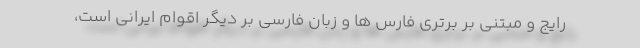
رایج و مبتنی بر برتری فارس ها و زبان فارسی بر دیگر اقوام ایرانی است،